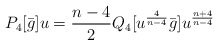
\begin{align*}P_4[\bar g] u= \frac {n-4}2 Q_4 [u^\frac 4{n-4} \bar g] u^\frac {n+4}{n-4} \end{align*}